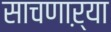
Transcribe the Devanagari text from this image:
साचणाऱ्या